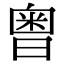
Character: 𣉭